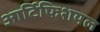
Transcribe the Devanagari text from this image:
आर्टिफिशयल